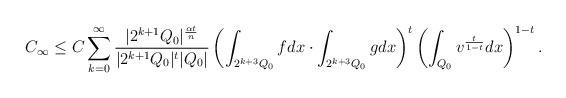
LaTeX: \begin{align*}C_{\infty}\leq C\sum_{k=0}^{\infty}\frac{|2^{k+1}Q_{0}|^{\frac{\alpha t}{n}}}{|2^{k+1}Q_{0}|^{t}|Q_{0}|}\left(\int_{2^{k+3}Q_{0}}fdx\cdot\int_{2^{k+3}Q_{0}}gdx\right)^{t}\left(\int_{Q_{0}}v^{\frac{t}{1-t}}dx\right)^{1-t}.\end{align*}